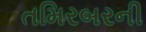
તમિરબરની